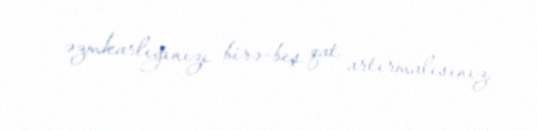
əzmkarlığınızı birə-beş qat artırmalısınız.